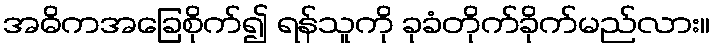
အဓိကအခြေစိုက်၍ ရန်သူကို ခုခံတိုက်ခိုက်မည်လား။